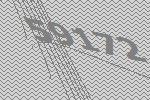
59172